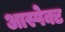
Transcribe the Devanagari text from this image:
आस्पेक्ट